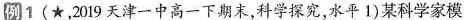
例1(\star，2019天津一中高一下期末，科学探究，水平1)某科学家模